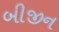
બીજીન